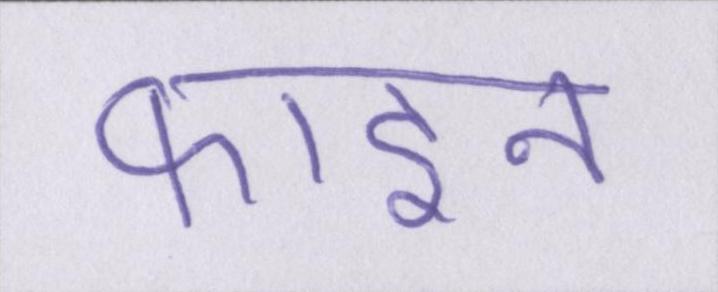
फाइन